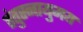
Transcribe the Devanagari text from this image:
तंतुस्नायुमय